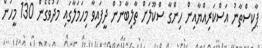
ޕާކިސްތާނު އަސްކަރިއްޔާއިން ހިންގާ ސްކޫލަށް ތާލިބާނުން ދީފައިވާ މިހަަމަލާގައި މަދުވެގެން 130 މީހުން